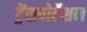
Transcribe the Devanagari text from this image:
ट्रेंसपोर्टेशन